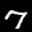
Label: 7